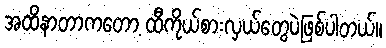
အထိနာတာကတော့ ထီကိုယ်စားလှယ်တွေပဲဖြစ်ပါတယ်။